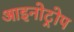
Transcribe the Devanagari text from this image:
आइनोट्रोप